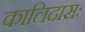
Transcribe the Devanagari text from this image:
कालिदासः